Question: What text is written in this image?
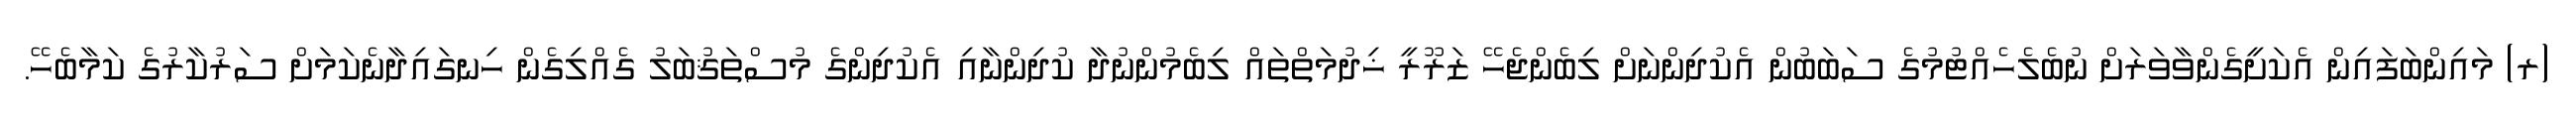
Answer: (ރ) މައިންބަފައިން އެކަށީގެންވާވަރަށް ނުބެލެހެއްޓުމުގެ ސަބަބުން އެކުދިންނަށް ލިބެންޖެހޭ ޒަރޫރީ ޚިދުމަތްތައް ލިބެމުންނުދާ ކުދިންނާއި އެކުދިންގެ މުސްތަޤުބަލު ގެއްލިގެން ހިނގައިދާނެކަމަށް ސަރުކާރުގެ ކަމާބެހޭ.